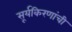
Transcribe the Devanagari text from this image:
सूर्यकिरणांची